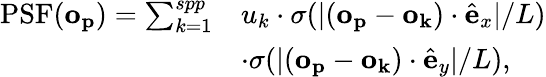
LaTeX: \begin{array}{rl}{\mathrm{PSF}(\mathbf{o_{p}})=\sum_{k=1}^{spp}}&{u_{k}\cdot\sigma(|(\mathbf{o_{p}}-\mathbf{o_{k}})\cdot\hat{\mathbf{e}}_{x}|/L)}\\ &{\cdot\sigma(|(\mathbf{o_{p}}-\mathbf{o_{k}})\cdot\hat{\mathbf{e}}_{y}|/L),}\end{array}